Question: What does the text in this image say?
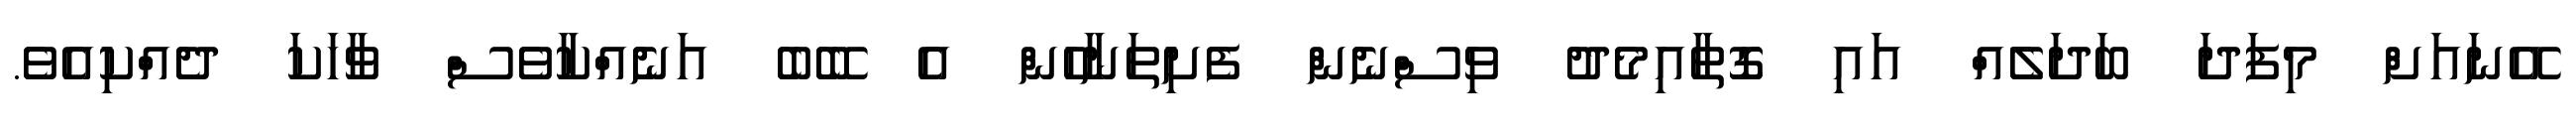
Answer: އޭނައަށް މިފަދަ ބަދަލެއް އައި ގޮތާއިމެދު ވިސްނެން ފެށިތަނާހެން އެ ބޭބެ އަނެއްކާވެސް ވާހަކަ ދެއްކިއެވެ.